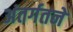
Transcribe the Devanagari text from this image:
अंतर्गतने